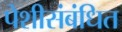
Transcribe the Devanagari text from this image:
पेशीसंबंधित